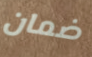
ضمان